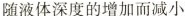
随液体深度的增加而减小